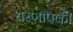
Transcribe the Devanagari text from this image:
धरणापैकी